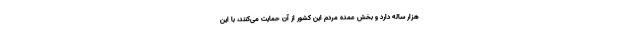
هزار ساله دارد و بخش عمده مردم این کشور از آن حمایت می‌کنند، با این